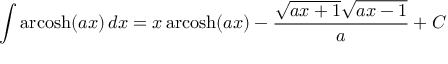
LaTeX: \int \operatorname { a r c o s h } ( a x ) \, d x = x \operatorname { a r c o s h } ( a x ) - { \frac { { \sqrt { a x + 1 } } { \sqrt { a x - 1 } } } { a } } + C